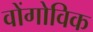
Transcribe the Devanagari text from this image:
वोंगोविक